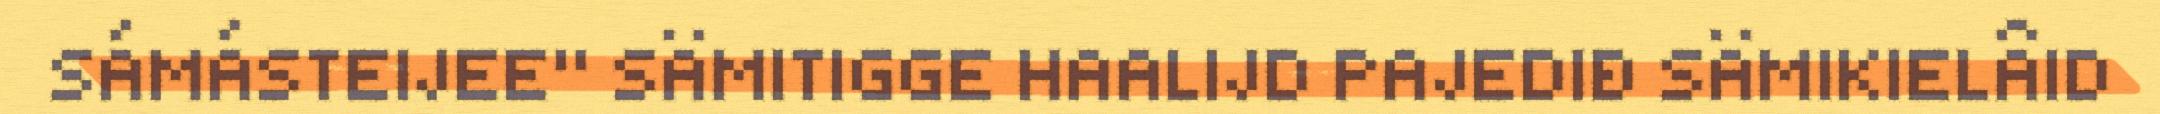
SÁMÁSTEIJEE" SÄMITIGGE HAALIJD PAJEDIĐ SÄMIKIELÂID